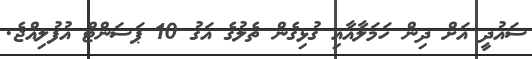
ސައުދީ އަށް ދިން ހަމަލާއާއި ގުޅިގެން ތެލުގެ އަގު 10 ޕަސަންޓް އުފުލިއްޖެ.